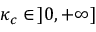
\kappa _ { c } \in \, ] 0 , + \infty ]